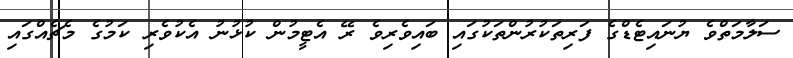
ސަލާމަތްވެ ޔުނައިޓެޑްގެ ފަރިތަކުރުންތަކުގައި ބައިވެރިވެ ރޭ އެޓީމުން ކުޅުނު އެކުވެރި ކަމުގެ މެޗެއްގައި